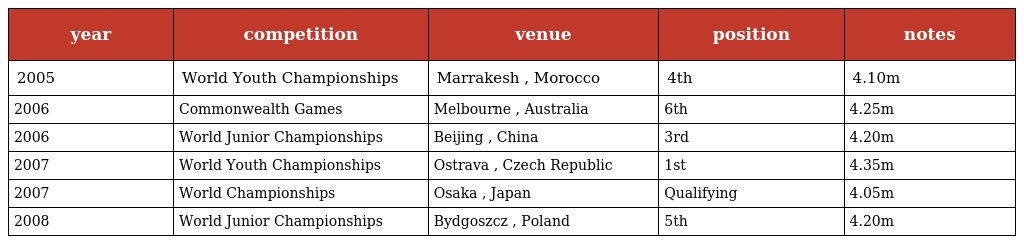
| year | competition | venue | position | notes |
 | --- | --- | --- | --- | --- |
 | 2005 | World Youth Championships | Marrakesh , Morocco | 4th | 4.10m |
 | 2006 | Commonwealth Games | Melbourne , Australia | 6th | 4.25m |
 | 2006 | World Junior Championships | Beijing , China | 3rd | 4.20m |
 | 2007 | World Youth Championships | Ostrava , Czech Republic | 1st | 4.35m |
 | 2007 | World Championships | Osaka , Japan | Qualifying | 4.05m |
 | 2008 | World Junior Championships | Bydgoszcz , Poland | 5th | 4.20m |